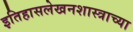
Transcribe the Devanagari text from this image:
इतिहासलेखनशास्त्राच्या